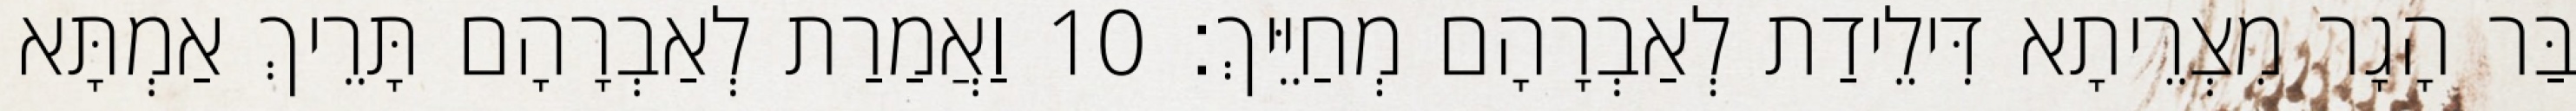
בַּר הָגָר מִצְרֵיתָא דִּילֵידַת לְאַבְרָהָם מְחַיֵּיךְ׃ 10 וַאֲמַרַת לְאַבְרָהָם תָּרֵיךְ אַמְתָּא